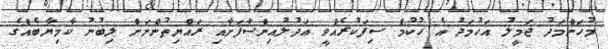
މުހަންމަދު ޖަމީލު އަހުމަދު އެ ހުކުމް ސިފަކުރެއްވީ އަދުލުއިންސާފަށާއި ރައްޔިތުންނަށް ލިބުނު ކާމިޔާބެއްގެ